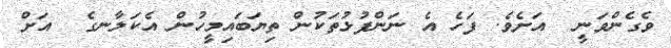
ވެގެންވަނީ  އަށެވެ. ފަހެ އެ ނަންފުޅުތަކުން ތިޔަބައިމީހުން އެކަލާނގެ  އަށް